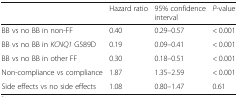
<table><thead><tr><td></td><td><b>Hazard ratio</b></td><td><b>95% confidence interval</b></td><td><b><i>P</i>-value</b></td></tr></thead><tbody><tr><td>BB vs no BB in non-FF</td><td>0.40</td><td>0.29–0.57</td><td>&lt; 0.001</td></tr><tr><td>BB vs no BB in <i>KCNQ1</i> G589D</td><td>0.19</td><td>0.09–0.41</td><td>&lt; 0.001</td></tr><tr><td>BB vs no BB in other FF</td><td>0.30</td><td>0.18–0.51</td><td>&lt; 0.001</td></tr><tr><td>Non-compliance vs compliance</td><td>1.87</td><td>1.35–2.59</td><td>&lt; 0.001</td></tr><tr><td>Side effects vs no side effects</td><td>1.08</td><td>0.80–1.47</td><td>0.61</td></tr></tbody></table>